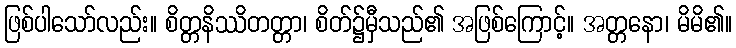
ဖြစ်ပါသော်လည်း။ စိတ္တနိဿိတတ္တာ၊ စိတ်၌မှီသည်၏ အဖြစ်ကြောင့်။ အတ္တနော၊ မိမိ၏။